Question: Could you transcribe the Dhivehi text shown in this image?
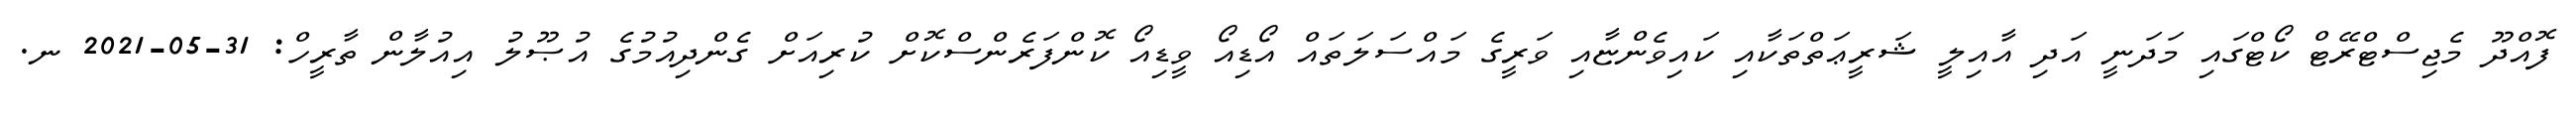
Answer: ފޮއްދޫ މެޖިސްޓްރޭޓް ކޯޓްގައި މަދަނީ އަދި އާއިލީ ޝަރީޢަތްތަކާއި ކައިވެންޏާއި ވަރީގެ މައްސަލަތައް އޯޑިއޯ ވީޑިއޯ ކޮންފަރެންސްކޮށް ކުރިއަށް ގެންދިއުމުގެ އުޞޫލު އިއުލާން ތާރީހް: 31-05-2021 ނ.